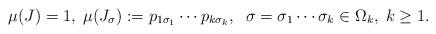
LaTeX: \begin{align*}\mu(J)=1,\;\mu(J_{\sigma}):=p_{1\sigma_{1}}\cdots p_{k\sigma_{k}},\;\;\sigma=\sigma_{1}\cdots\sigma_{k}\in\Omega_{k},\; k\geq1.\end{align*}